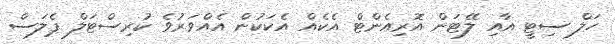
ހަލް ސިޓީ އާއި ލޭޓަން އޮރިއެންޓް އެކެއް އެކަކުން އެއްވަރުވެ ކުރިސްޓަލް ޕެލަސް